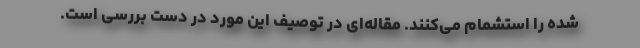
شده را استشمام می‌کنند. مقاله‌ای در توصیف این مورد در دست بررسی است.